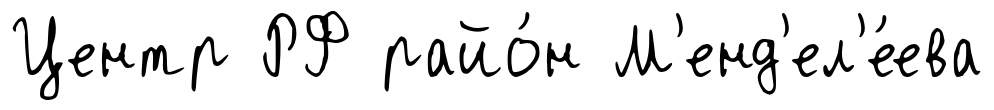
Центр РФ райо́н М'енд'ел'е́ева